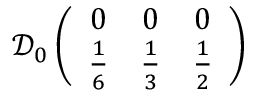
\mathcal { D } _ { 0 } \left( \begin{array} { c c c } { { 0 } } & { { 0 } } & { { 0 } } \\ { { \frac { 1 } { 6 } } } & { { \frac { 1 } { 3 } } } & { { \frac { 1 } { 2 } } } \end{array} \right)